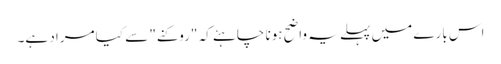
اس بارے میں پہلے یہ واضح ہونا چاہئے کہ "روکنے" سے کیا مراد ہے۔